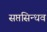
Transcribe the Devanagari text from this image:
सप्तसिन्धव